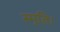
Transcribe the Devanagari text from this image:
स्मृति।